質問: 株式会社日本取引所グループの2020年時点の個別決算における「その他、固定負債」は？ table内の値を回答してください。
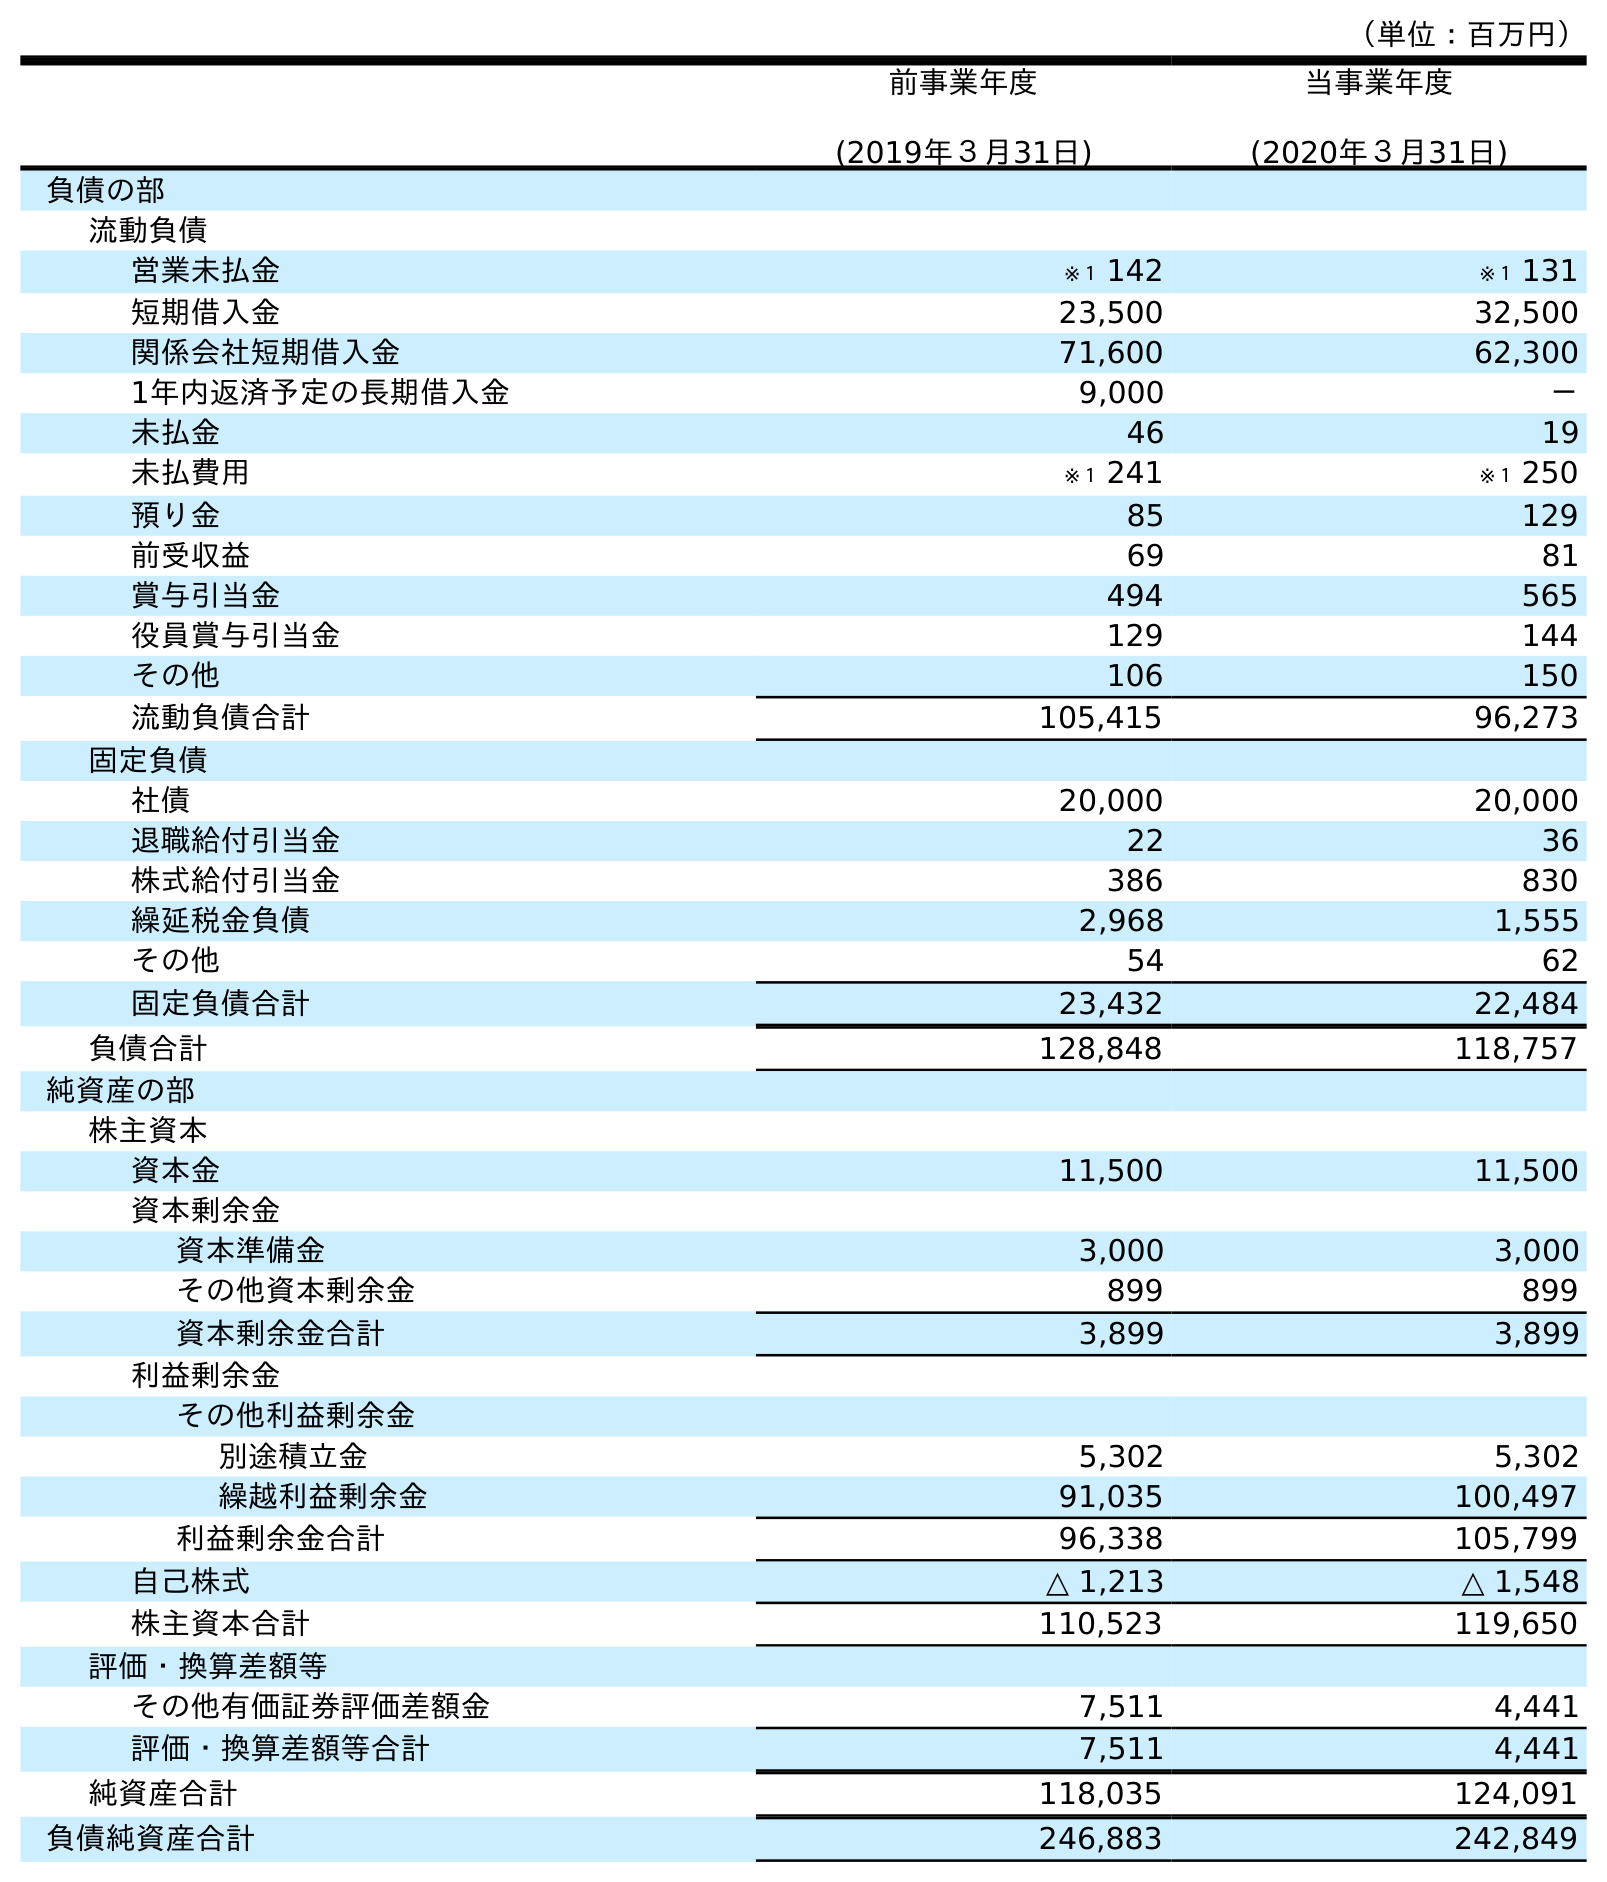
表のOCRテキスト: （単位：百万円） 前事業年度 (2019年３月31日) 当事業年度 (2020年３月31日) 負債の部 流動負債 営業未払金 ※１ 142 ※１ 131 短期借入金 23,500 32,500 関係会社短期借入金 71,600 62,300 1年内返済予定の長期借入金 9,000 － 未払金 46 19 未払費用 ※１ 241 ※１ 250 預り金 85 129 前受収益 69 81 賞与引当金 494 565 役員賞与引当金 129 144 その他 106 150 流動負債合計 105,415 96,273 固定負債 社債 20,000 20,000 退職給付引当金 22 36 株式給付引当金 386 830 繰延税金負債 2,968 1,555 その他 54 62 固定負債合計 23,432 22,484 負債合計 128,848 118,757 純資産の部 株主資本 資本金 11,500 11,500 資本剰余金 資本準備金 3,000 3,000 その他資本剰余金 899 899 資本剰余金合計 3,899 3,899 利益剰余金 その他利益剰余金 別途積立金 5,302 5,302 繰越利益剰余金 91,035 100,497 利益剰余金合計 96,338 105,799 自己株式 △ 1,213 △ 1,548 株主資本合計 110,523 119,650 評価・換算差額等 その他有価証券評価差額金 7,511 4,441 評価・換算差額等合計 7,511 4,441 純資産合計 118,035 124,091 負債純資産合計 246,883 242,849
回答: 62